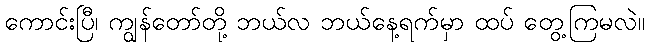
ကောင်းပြီ၊ ကျွန်တော်တို့ ဘယ်လ ဘယ်နေ့ရက်မှာ ထပ် တွေ့ကြမလဲ။